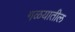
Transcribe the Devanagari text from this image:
गळयातील